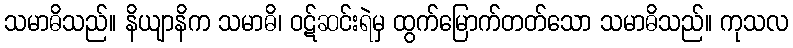
သမာဓိသည်။ နိယျာနိက သမာဓိ၊ ဝဋ်ဆင်းရဲမှ ထွက်မြောက်တတ်သော သမာဓိသည်။ ကုသလ